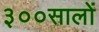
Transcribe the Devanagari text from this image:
३००सालों